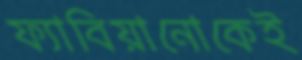
ফ্যাবিয়ানোকেই